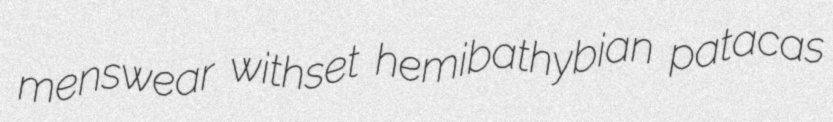
menswear withset hemibathybian patacas